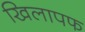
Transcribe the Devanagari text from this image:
खिलापफ